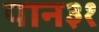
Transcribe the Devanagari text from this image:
पान३१